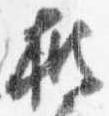
披